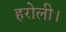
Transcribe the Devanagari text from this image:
हरोली।